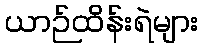
ယာဉ်ထိန်းရဲများ